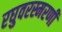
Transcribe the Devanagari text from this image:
रघुवरस्मरणीं